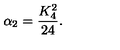
\alpha _ { 2 } = \frac { K _ { 4 } ^ { 2 } } { 2 4 } .